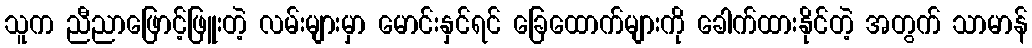
သူက ညီညာဖြောင့်ဖြူးတဲ့ လမ်းများမှာ မောင်းနှင်ရင် ခြေထောက်များကို ခေါက်ထားနိုင်တဲ့ အတွက် သာမာန်